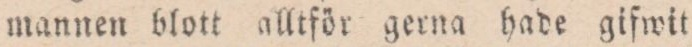
mannen blott alltför gerna hade gifwit